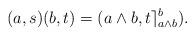
LaTeX: \begin{align*}(a,s)(b,t)=(a\wedge b,t\rceil^b_{a\wedge b}).\end{align*}